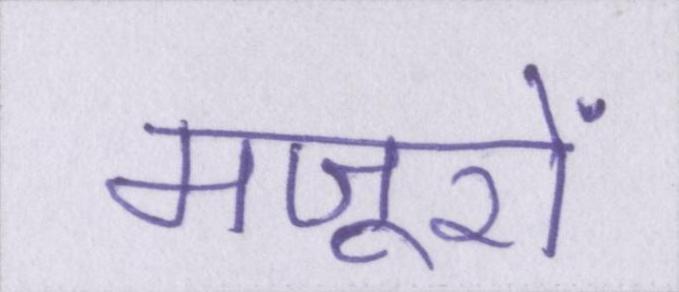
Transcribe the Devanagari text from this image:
मजूरों